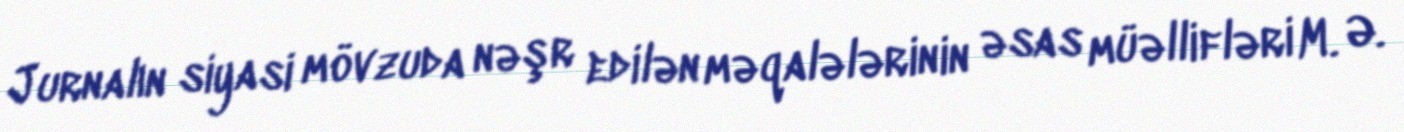
Jurnalın siyasi mövzuda nəşr edilən məqalələrinin əsas müəllifləri M. Ə.